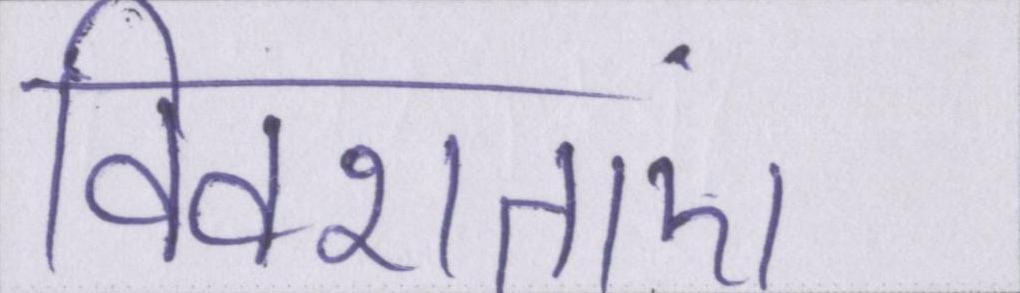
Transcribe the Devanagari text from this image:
विवशताएं